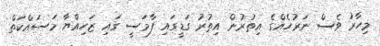
މިހާރު ވެސް ނަރުހެއްގެ އިތުރުން އިތުރު ގަޑީގައި ފާމަސީ ގައި ޒަހިއްޔާ މަސައްކަތް